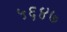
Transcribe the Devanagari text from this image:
५६४७